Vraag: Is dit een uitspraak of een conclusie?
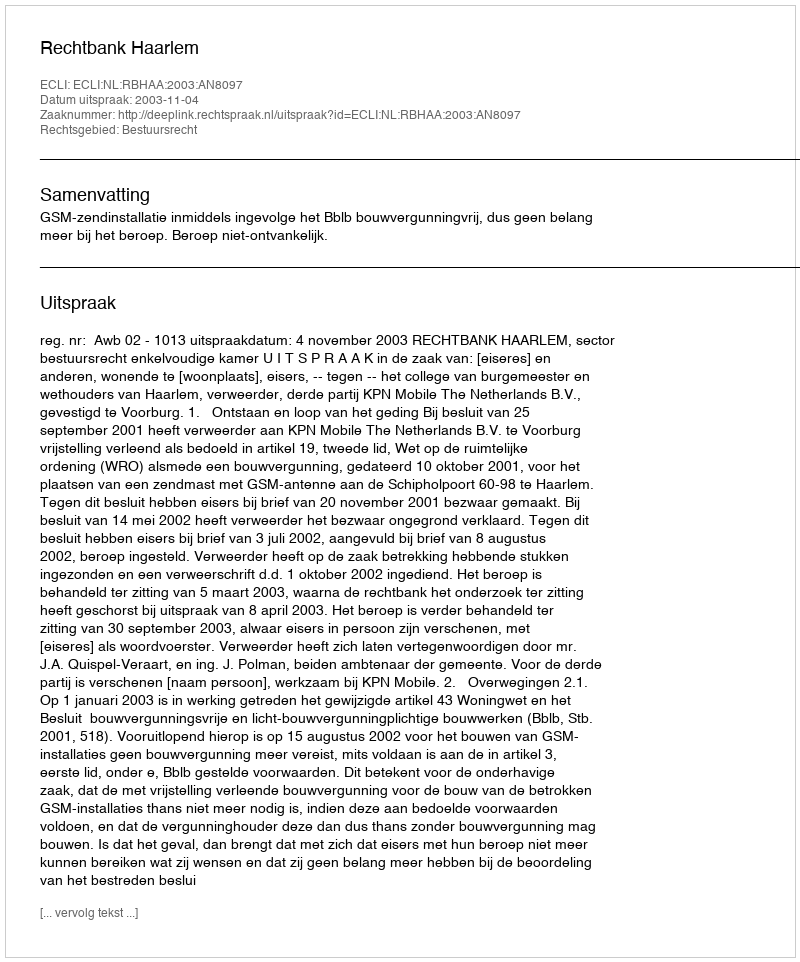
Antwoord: Uitspraak